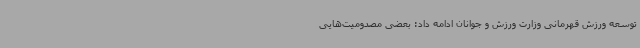
توسعه ورزش قهرمانی وزارت ورزش و جوانان ادامه داد: بعضی مصدومیت‌هایی